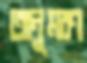
অনুমরণ